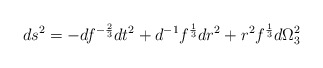
\begin{align*}ds^2 = - d f^{-{2 \over 3}}dt^2 +d^{-1}f^{1 \over 3} dr^2 + r^2 f^{1 \over 3}d \Omega^2_3\end{align*}